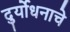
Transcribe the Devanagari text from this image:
दुर्योधनाचे